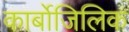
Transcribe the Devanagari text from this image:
कार्बोजिलिक